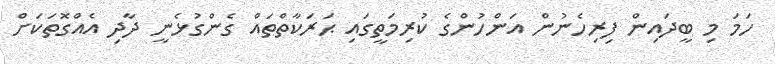
ހަމަ މި ބީދައިން ފިރިހެނުން އަންހުންގެ ކުރިމަތީގައި ޙަރަކާތްތައް ގެންގުޅެނީ ދާދި އެއްގޮތަކަށް